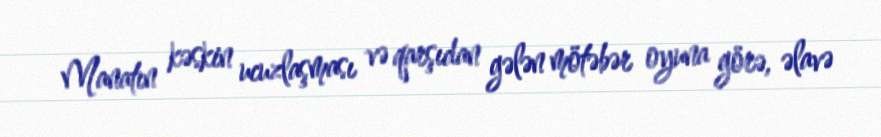
Manatın kəskin ucuzlaşması və qarşıdan gələn mötəbər oyuna görə, əlavə